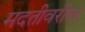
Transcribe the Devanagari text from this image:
मदतीवरील